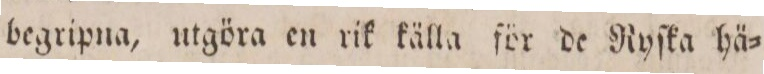
begripna, utgöra en rik källa för de Ryſka hä=